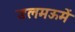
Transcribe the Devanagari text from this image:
डलमऊमें